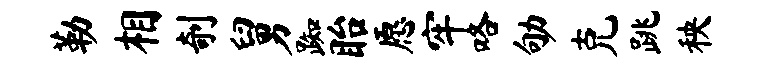
勒相剞舅踟眙愿牢咯劬克跳秧